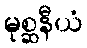
မုစ္ဆနီယံ